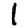
Digit: 1